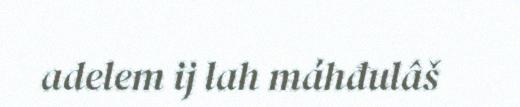
adelem ij lah máhđulâš